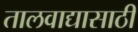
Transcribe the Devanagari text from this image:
तालवाद्यासाठी